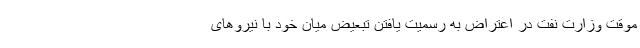
موقت وزارت نفت در اعتراض به رسمیت یافتن تبعیض میان خود با نیروهای